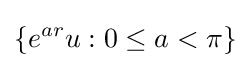
\lbrace e^{ar}u:0\leq a<\pi \rbrace